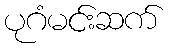
ပုဂံမင်းဆက်